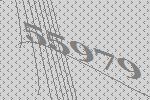
55979